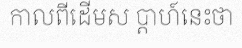
កាលពីដើមស ប្តាហ៍នេះថា